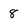
Character: 8